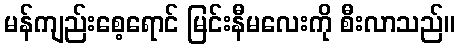
မန်ကျည်းစေ့ရောင် မြင်းနီမလေးကို စီးလာသည်။